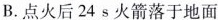
B.点火后24s火箭落于地面